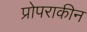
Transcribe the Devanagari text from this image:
प्रोपराकीन